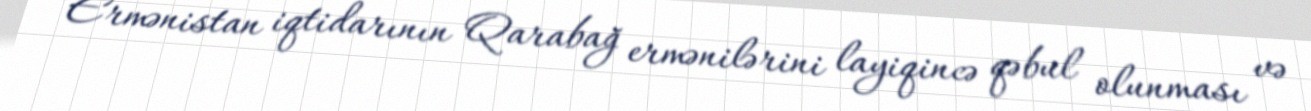
“Ermənistan iqtidarının Qarabağ ermənilərini layiqincə qəbul olunması və